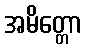
အမိတ္တော